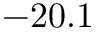
- 2 0 . 1